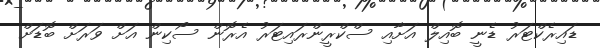
ޑައިރެކްޓަރު ޑެނީ ބޮއިލް އަށާއި ސްކްރީންރައިޓަރު އެރޮން ސޯކިން އަށް ވަރަށް ބޮޑަށް